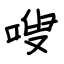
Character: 嗖